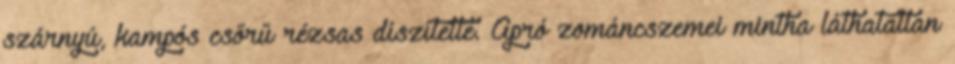
szárnyú, kampós csőrű rézsas díszítette. Apró zománcszemei mintha láthatatlan